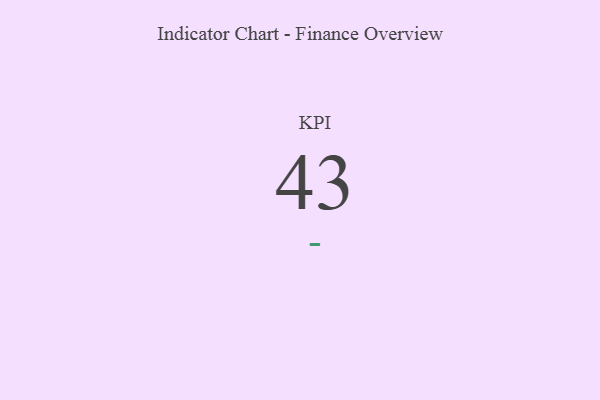
{"axis": {"x": "KPI", "y": "Value"}, "legend": [""], "data": [{"x": "KPI", "y": 43, "type": ""}]}